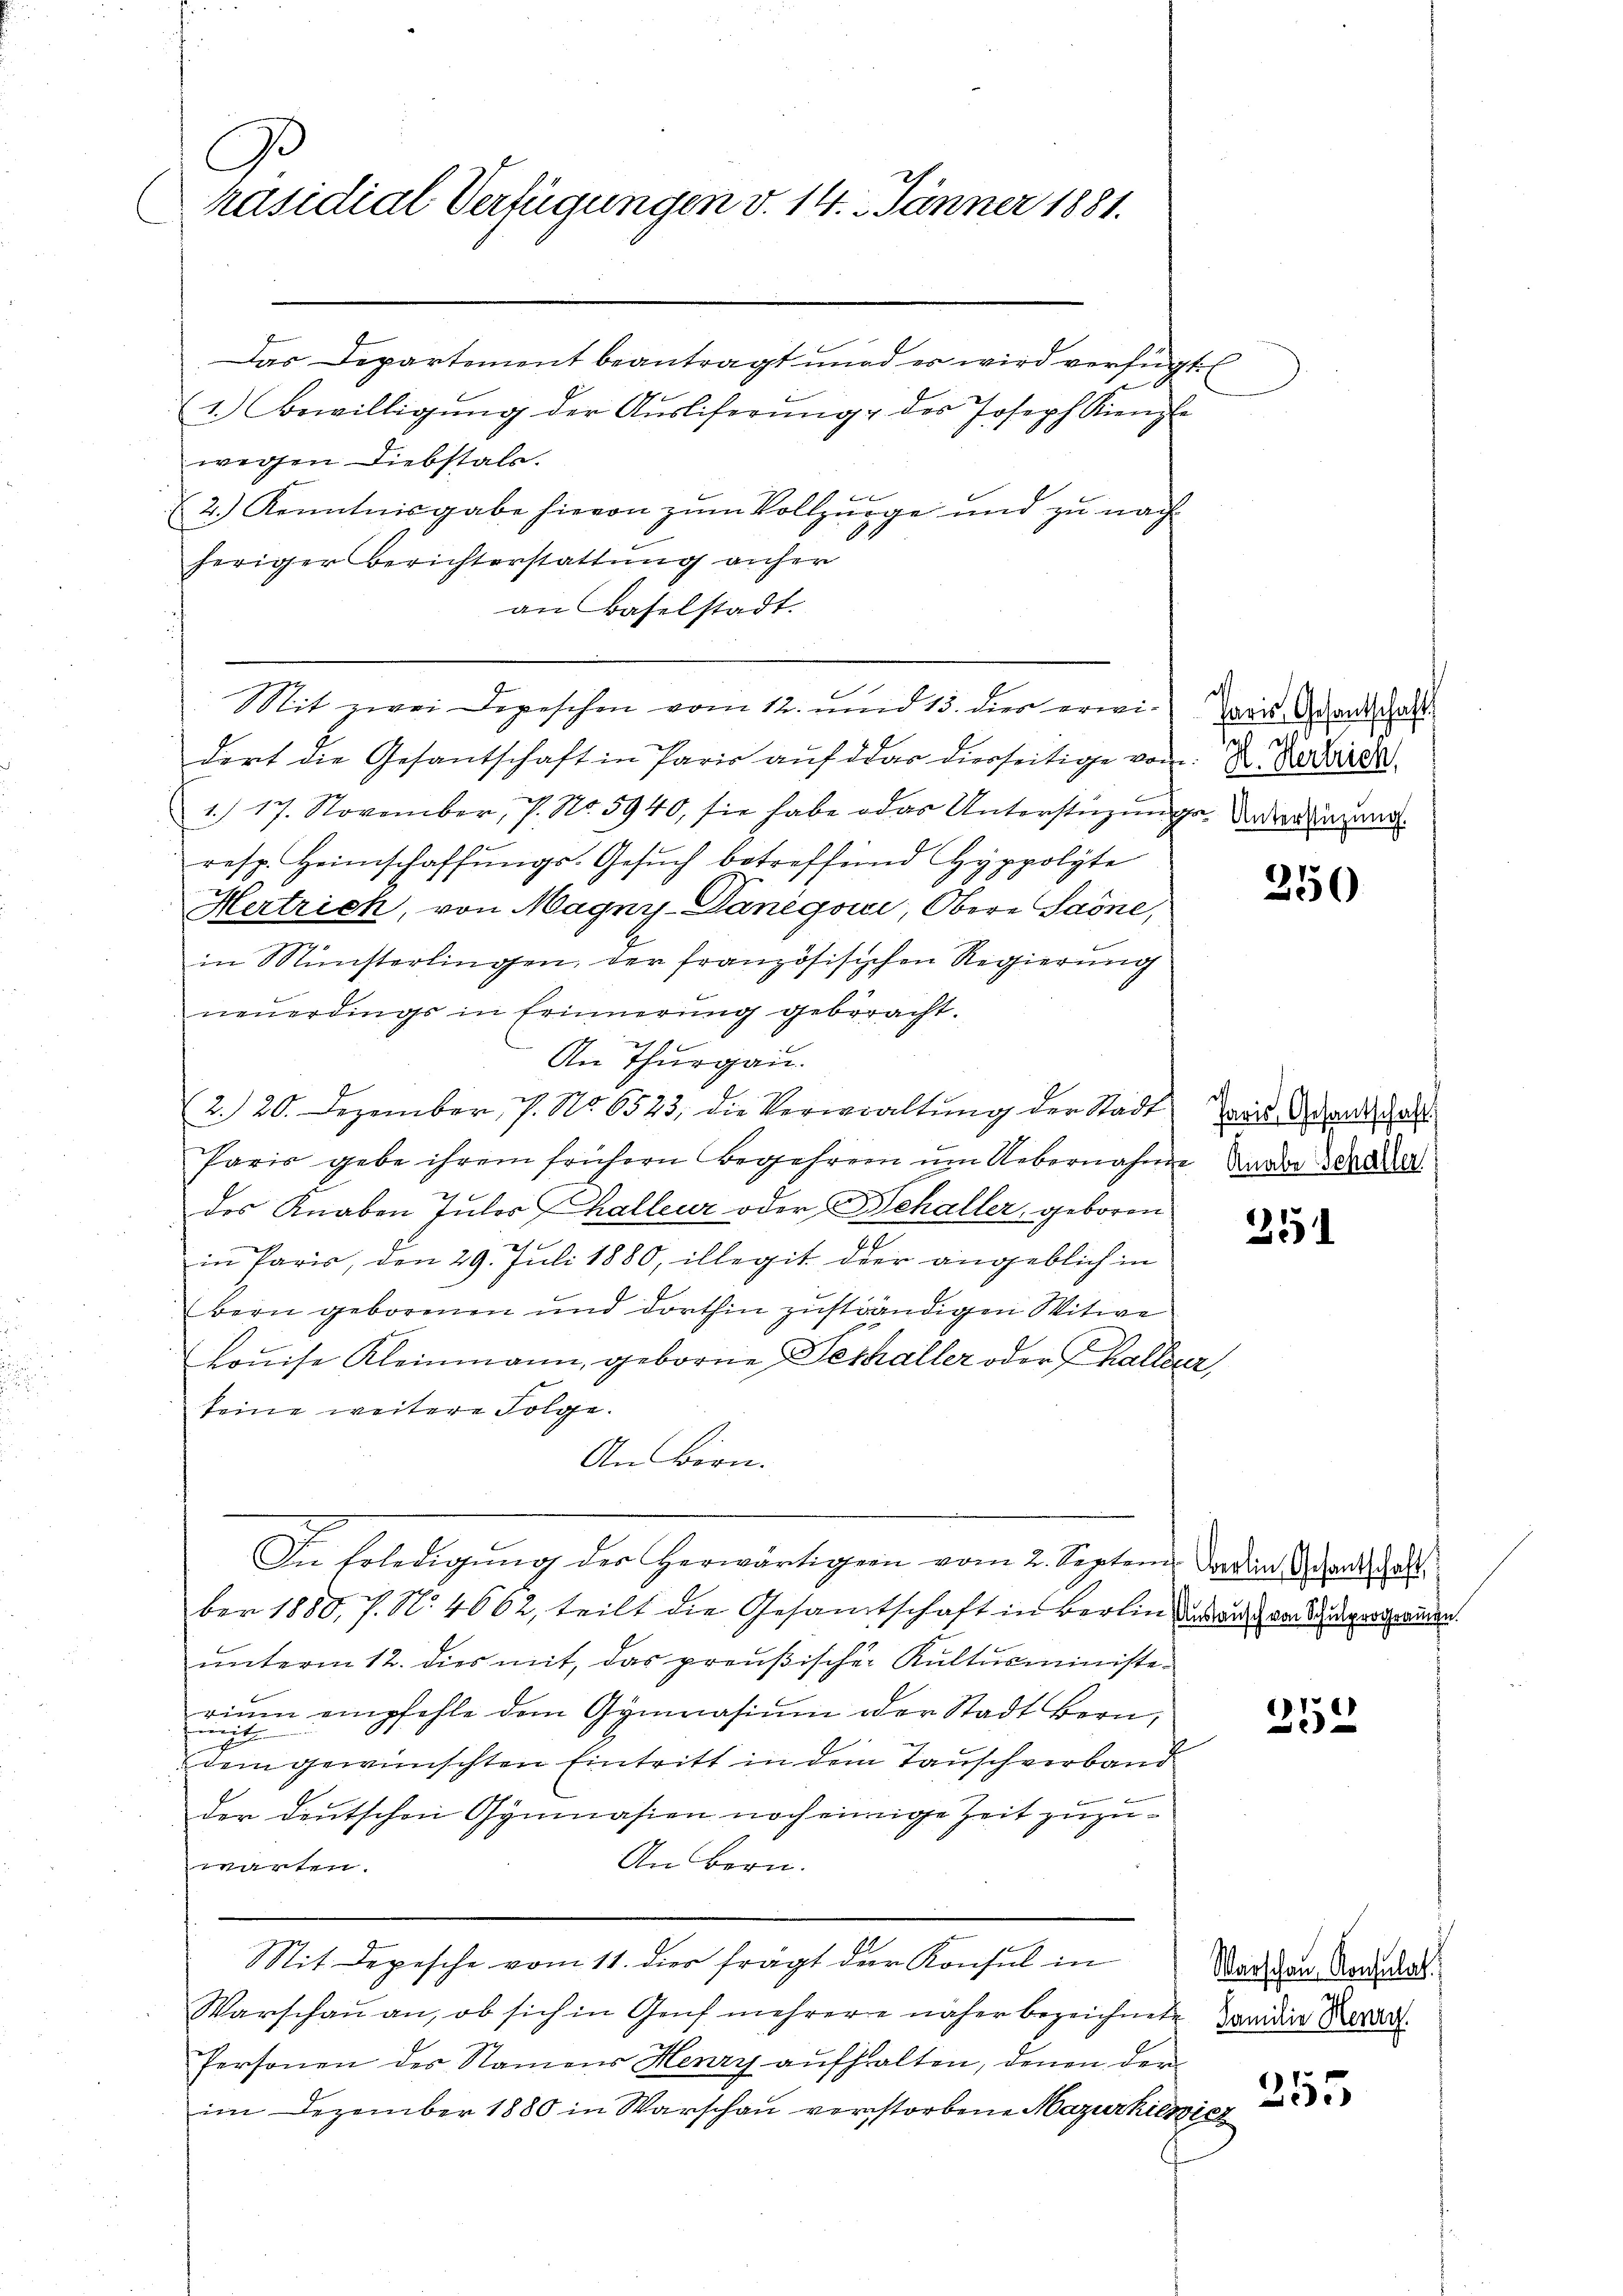
C
räsidial-Verfügungen v. 14. Jänner 1881.

Das Departement beantragt wird es wird verfügt:
(1. Bewilligŭng der Aŭsliferŭng des Joseph Kiengle
wegen Diebstals.
2.) Kenntnisgabe hievon zum Vollzuge und zu nach
A
heriger Berichterstattung anher
an Baselstadt.
6
Sit zwei Depeschen vom 12. und 13. dies erwidort die Gesantschaft in Paris aŭf das dierseitige von 2. Derse
1/ 17. November, 7. No. 5940, sie habe das Unterstüzungen Verdingung.
resp. Heimschaffŭngs-Gesŭch betreffend Hyppolyte
Hertrich, von Magny-Danégvici, Obere Sarne,
in Münsterlingen, der französisichen Regierung
neŭerdings in Erinnerung gebracht.
An Thurgau.
2. 20. Dezember, 7. No. 6523, die Verwaltŭng der Stadt
Paris gebe ihrem frühern Begehren um Uebernahme da der dene
2
des Knaben füler halleur oder Behaller, geboren.
in Paris, den 29. Juli 1880, illegit der angeblich in
bern geborenen und dorthin zuständigen Witwe
Louise Kleinmann, geborne Deshaller oder Thaller,
keine weitere Folge.
An Börn.
In Erledigung der Herwärtigen vom 2. Septen, das er d. 8. 128.
ber 1880, s. N. 4662, teilt die Gesamtschaft in Berlin das auf von vergenden.
unterm 12. dies mit, das preußischer Kultusministeriŭm empfehle dem Gymnasiŭm oder Stadt Bern,
furt
dem gewünschten Eintritt in dem Tauschverband
der Deutschen Gymnasien noch einige Zeit zuzu¬
An Bern.
warten.

Mit Depesche vom 11. der frägt der Konsul in

Warschaŭ an, ob sich in Genf mehrere näher bezeichnete Janidier Karda
Personen des Namens Henry aufhalten, denen der
im Dezember 1880 in Warschau verstorbene Mazurhilsich

Paris Gesandtschaft

350

Paris, Gesantschaft

251

252

Warschen Konsulat

255